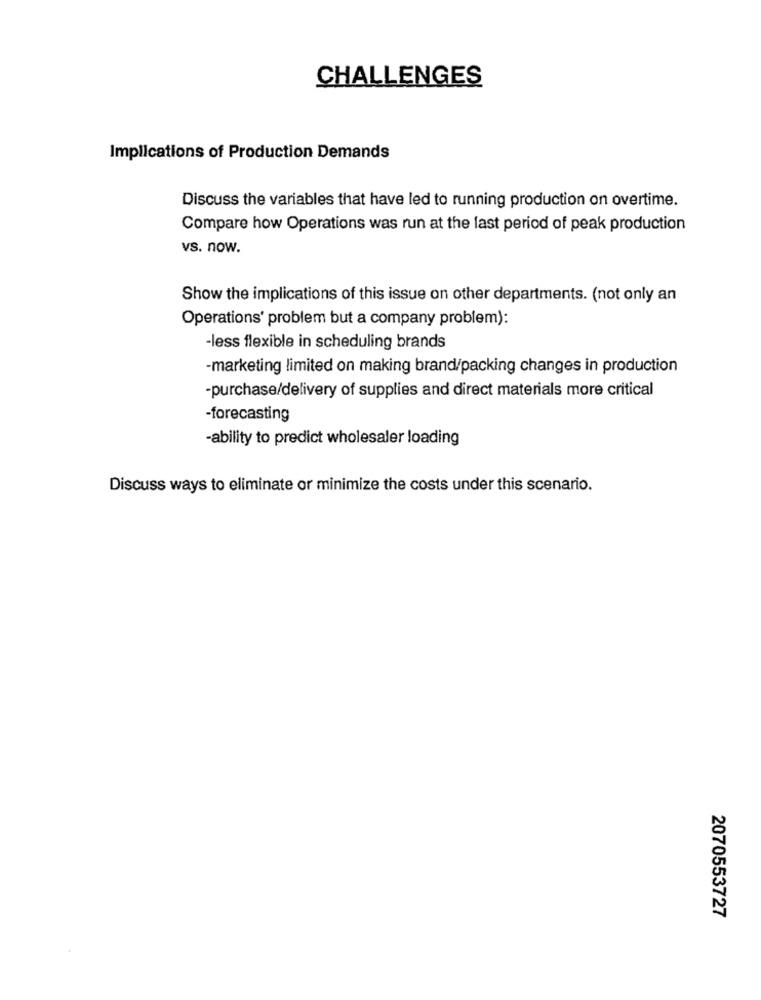
CHALLENGES
Implications of Production Demands
Discuss the variables that have led to running production on overtime.
Compare how Operations was run at the last period of peak production
vs. now.
Show the implications of this issue on other departments. (not only an
Operations' problem but a company problem):
-less flexible in scheduling brands
-marketing limited on making brand/packing changes in production
-purchase/delivery of supplies and direct materials more critical
-forecasting
-ability to predict wholesaler loading
Discuss ways to eliminate or minimize the costs under this scenario.
2070553727